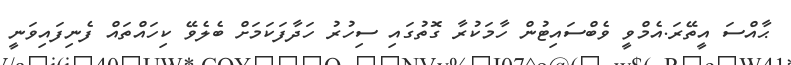
ޙާއްސަ އީތޭރަ.އެމްވީ ވެބްސައިޓުން ހާމަކުރާ ގޮތުގައި ސިހުރު ހަދާފަކަމަށް ބެލެވޭ ކިހައްތައް ފެނިފައިވަނީ